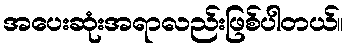
အပေးဆုံးအရာလည်းဖြစ်ပါတယ်။